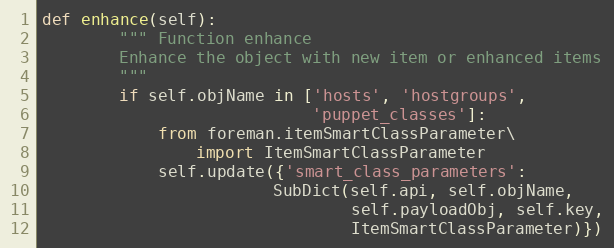
Language: Python
def enhance(self):
        """ Function enhance
        Enhance the object with new item or enhanced items
        """
        if self.objName in ['hosts', 'hostgroups',
                            'puppet_classes']:
            from foreman.itemSmartClassParameter\
                import ItemSmartClassParameter
            self.update({'smart_class_parameters':
                        SubDict(self.api, self.objName,
                                self.payloadObj, self.key,
                                ItemSmartClassParameter)})